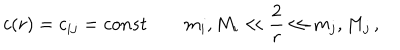
LaTeX: c ( r ) = c _ { i j } = c o n s t \qquad m _ { i } , M _ { i } \ll \frac { 2 } { r } \ll m _ { j } , M _ { j } \, ,